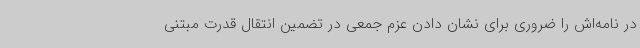
در نامه‌اش را ضروری برای نشان دادن عزم جمعی در تضمین انتقال قدرت مبتنی